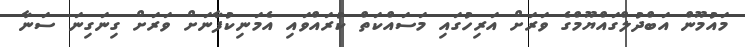
މައުމޫން އަބްދުލްގައްޔޫމްގެ ވަރަށް އަރިހުގައި މަސައްކަތް ކުރައްވައި އެމަނިކުފާނަށް ވަރަށް ގިނަގިނަ ސަނާ